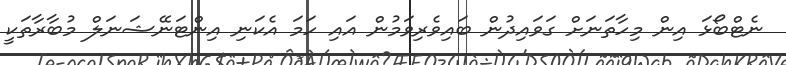
ނެޓްބޯޅަ އިން މިހާތަނަށް ގަވައިދުން ބައިވެރިވަމުން އައި ހަމަ އެކަނި އިންޓަނޭޝަނަލް މުބާރާތަކީ